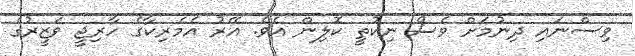
ވިސްނައި ދިނުމަށް ވެސް ނިކުތީ ކޮލިން އެވެ. އޭރު އެމެރިކާގެ ހާރިޖީ ވަޒީރުގެ